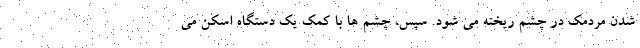
شدن مردمک در چشم ریخته می شود. سپس، چشم ها با کمک یک دستگاه اسکن می